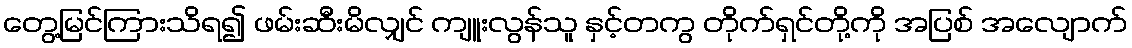
တွေ့မြင်ကြားသိရ၍ ဖမ်းဆီးမိလျှင် ကျူးလွန်သူ နှင့်တကွ တိုက်ရှင်တို့ကို အပြစ် အလျောက်